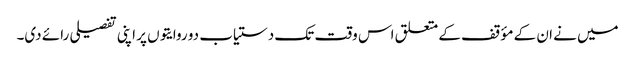
میں نے ان کے مؤقف کے متعلق اس وقت تک دستیاب دو روایتوں پر اپنی تفصیلی رائے دی۔